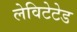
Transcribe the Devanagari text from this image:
लेविटेटेड